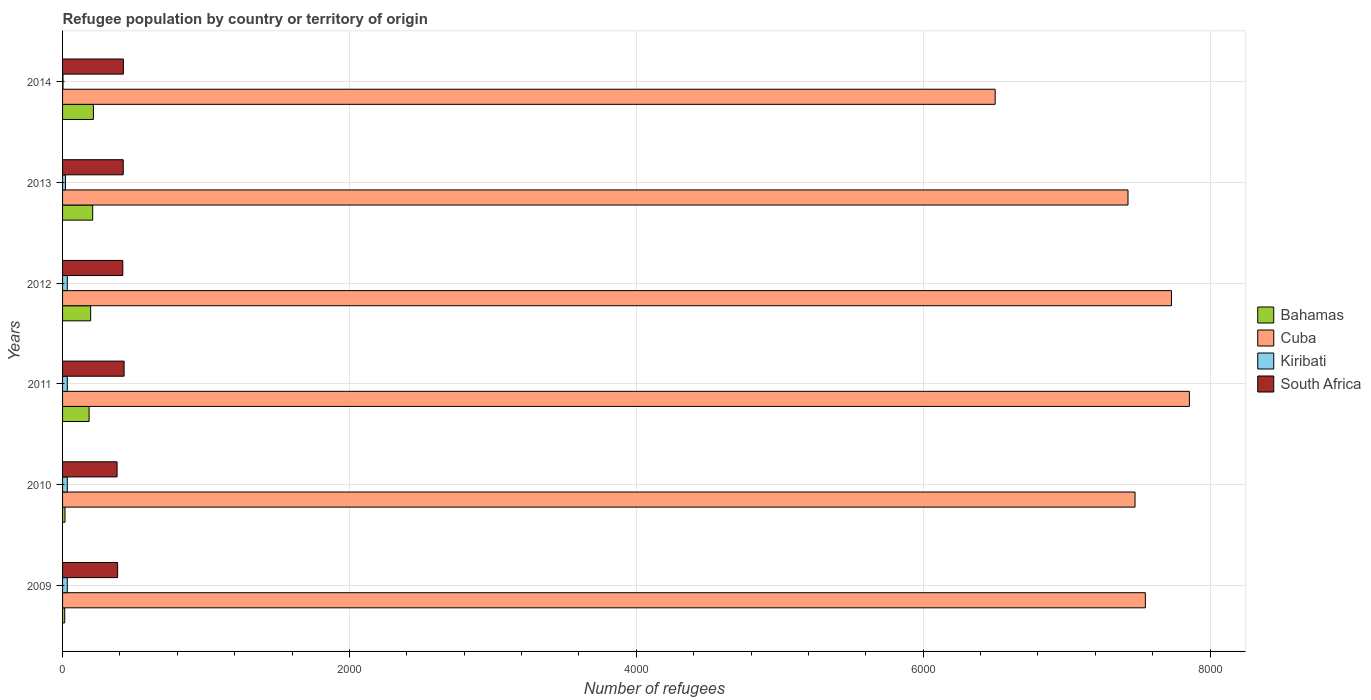
| Years | Bahamas | Cuba | Kiribati | South Africa |
 | --- | --- | --- | --- | --- |
 | 2009 | 15 | 7.55e+03 | 33 | 384 |
 | 2010 | 17 | 7.48e+03 | 33 | 380 |
 | 2011 | 185 | 7.86e+03 | 33 | 429 |
 | 2012 | 196 | 7.73e+03 | 33 | 420 |
 | 2013 | 210 | 7.43e+03 | 20 | 423 |
 | 2014 | 215 | 6.5e+03 | 3 | 424 |